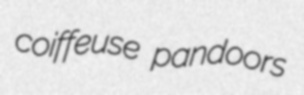
coiffeuse pandoors